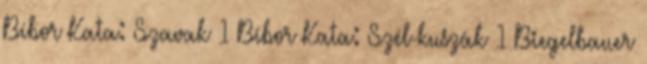
Bíbor Kata: Szavak 1 Bíbor Kata: Szél-kuszák 1 Biegelbauer